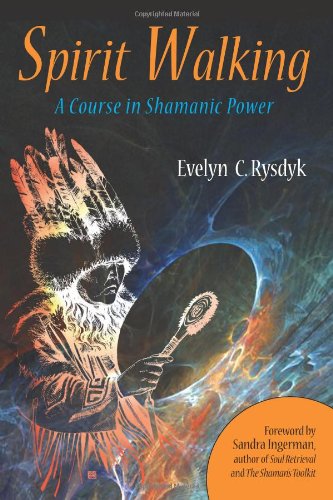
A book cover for Spirit Walking: A Course in Shamanic Power; Evelyn Rysdyk; Religion & Spirituality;